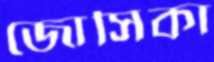
জোসিকা